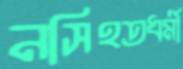
নসিহতধর্মী